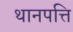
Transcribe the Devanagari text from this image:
थानपत्ति